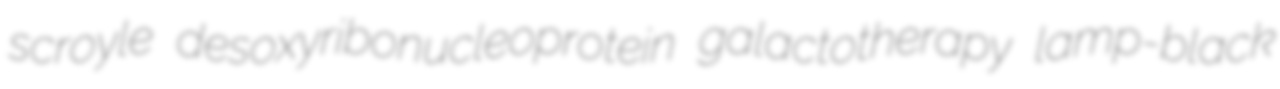
scroyle desoxyribonucleoprotein galactotherapy lamp-black